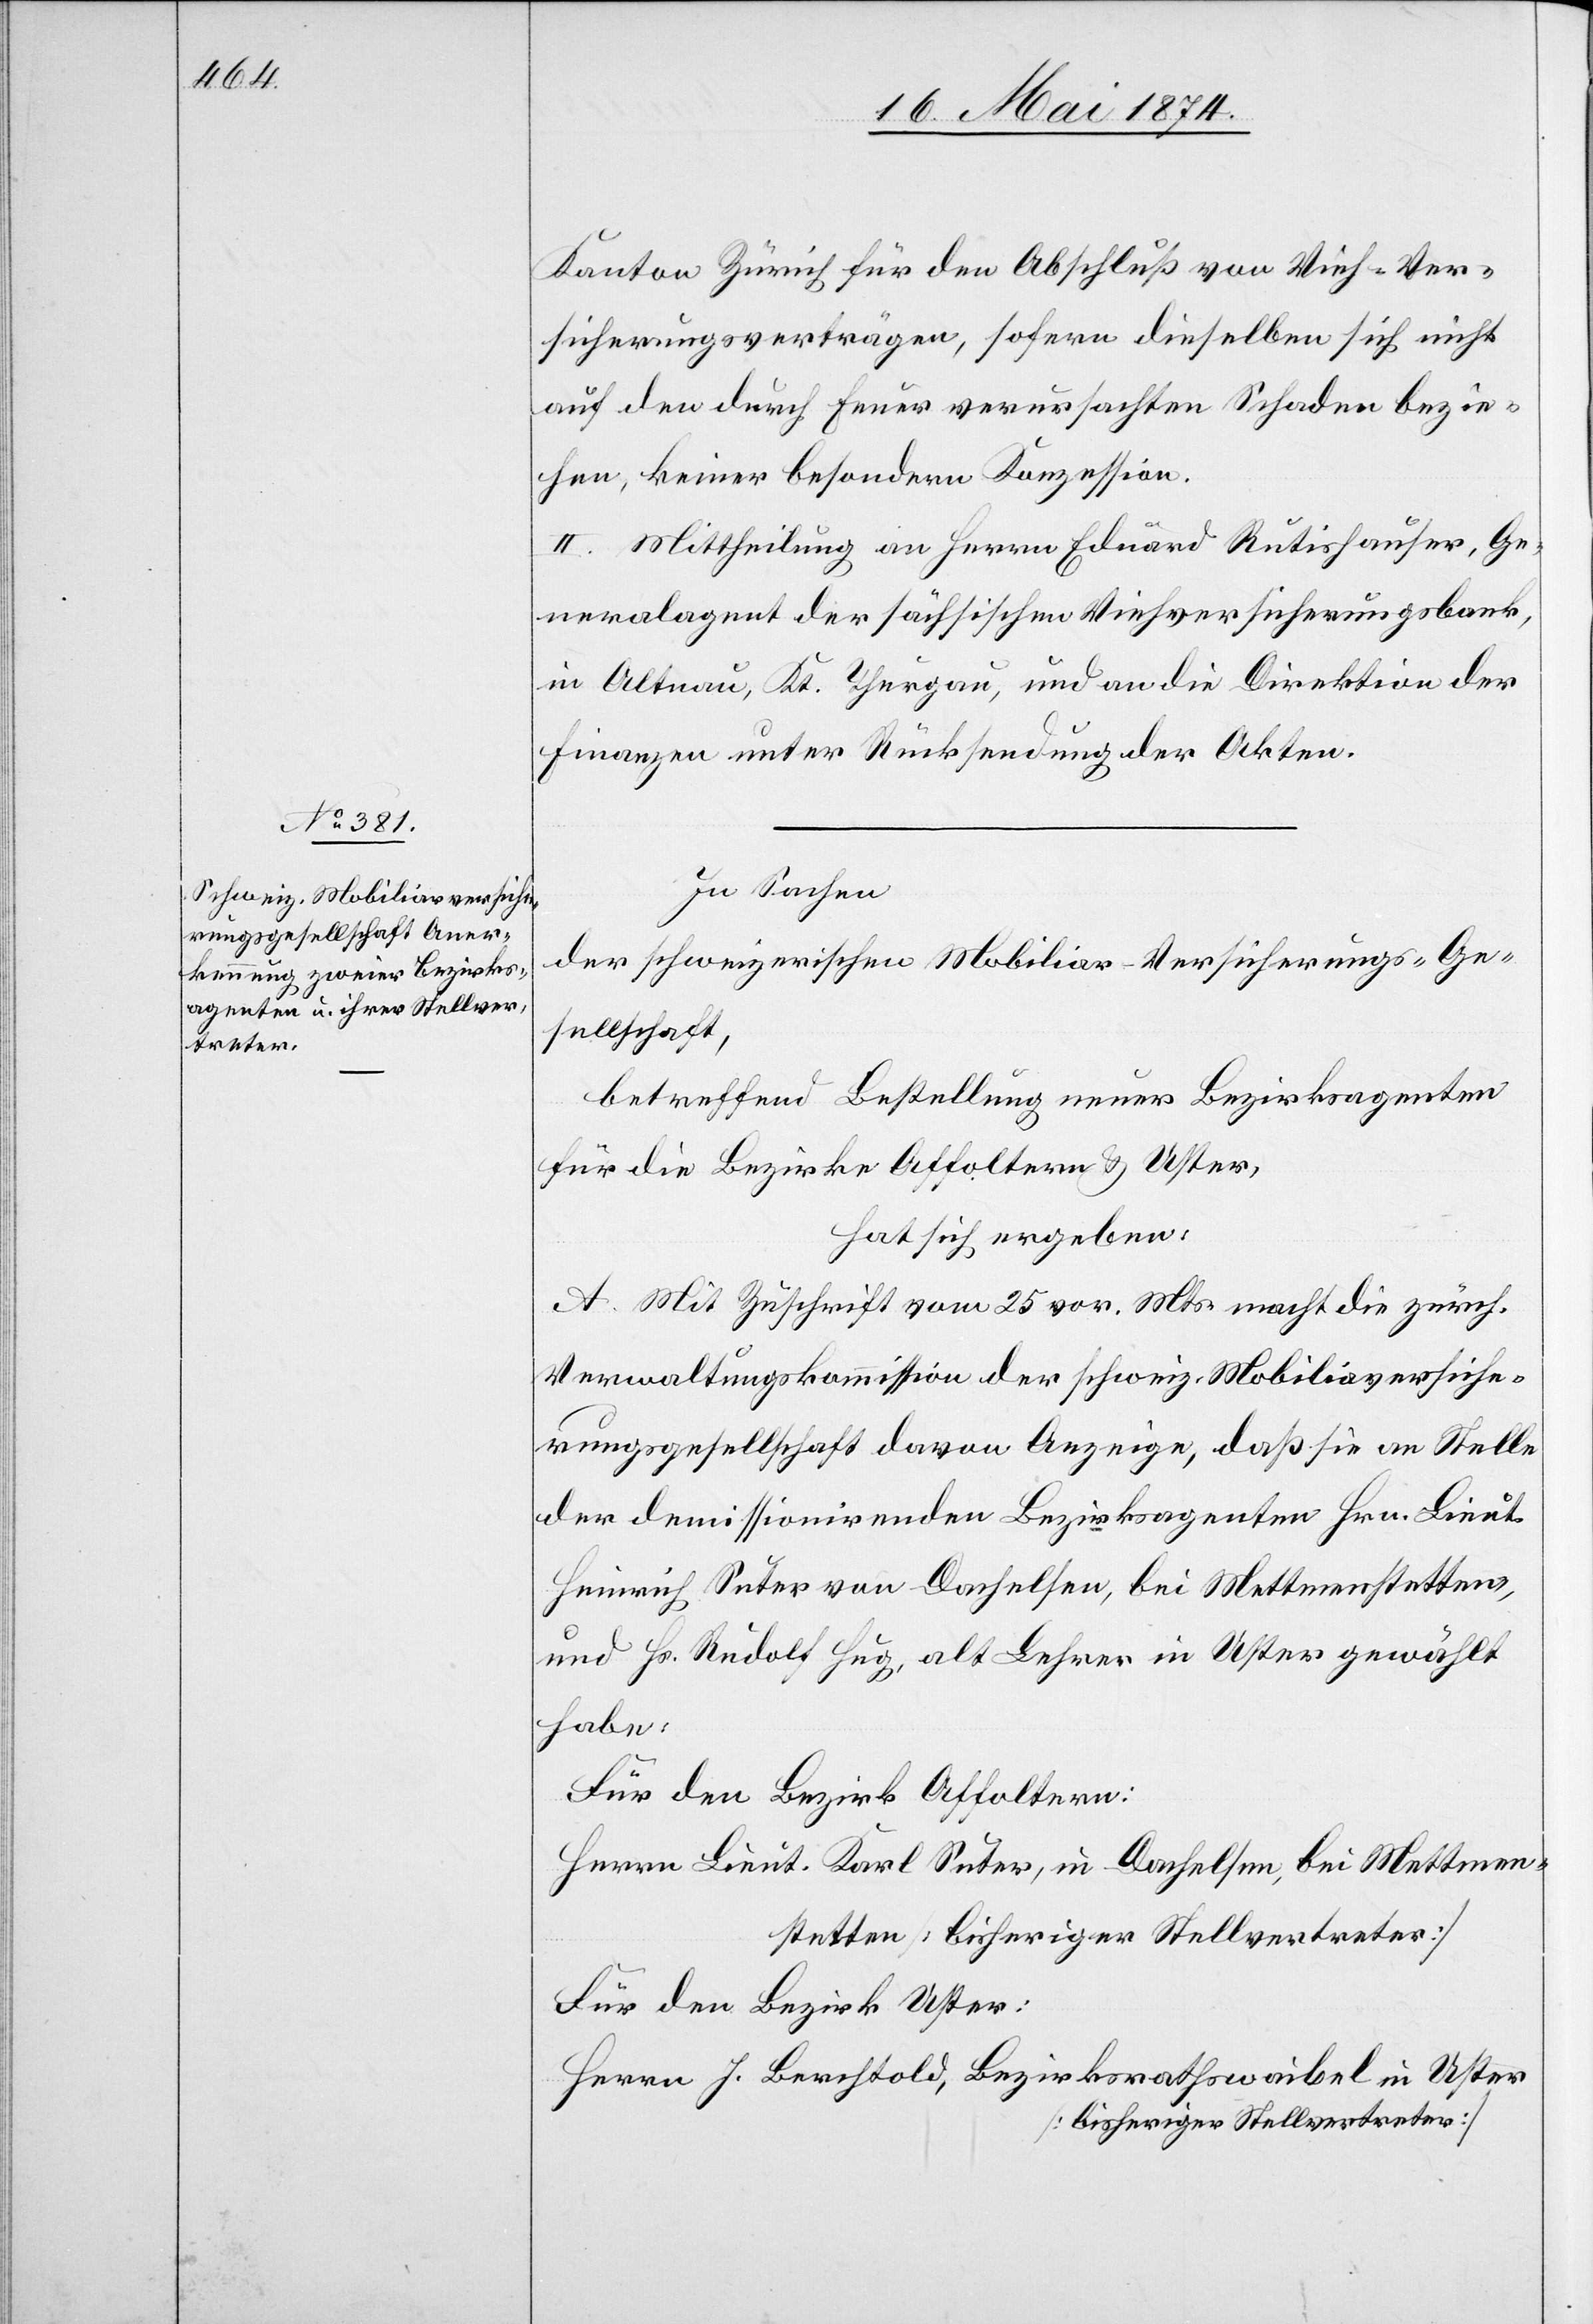
Kanton Zürich für den Abschluß von Vieh-Ver¬
sicherungsverträgen, sofern dieselben sich nicht
auf den durch Feuer verursachten Schaden bezie¬
hen, keiner besondern Konzession.
II. Mittheilung an Herrn Eduard Rutishauser, Ge¬
neralagent der sächsischen Viehversicherungsbank,
in Altnau, Kt. Thurgau, und an die Direktion der
Finanzen unter Rücksendung der Akten.
In Sachen
der schweizerischen Mobiliar-Versicherungs-Ge¬
sellschaft,
betreffend Bestellung neuer Bezirksagenten
für die Bezirke Affoltern u. Uster,
hat sich ergeben:
A. Mit Zuschrift vom 25. vor. Mts. macht die zürch.
Verwaltungskommission der schweiz. Mobiliarversiche¬
rungsgesellschaft davon Anzeige, daß sie an Stelle
der demissionirenden Bezirksagenten Hrn. Lieut.
Heinrich Suter von Dachelsen, bei Mettmenstetten,
und Hs. Rudolf Hug, alt Lehrer in Uster gewählt
habe.
Für den Bezirk Affoltern:
Herrn Lieut. Karl Suter, in Dachelsen, bei Mettmen¬
stetten [bisheriger Stellvertreter]
Für den Bezirk Uster:
Herrn J. Berchtold, Bezirksrathswaibel in Uster
[bisheriger Stellvertreter]